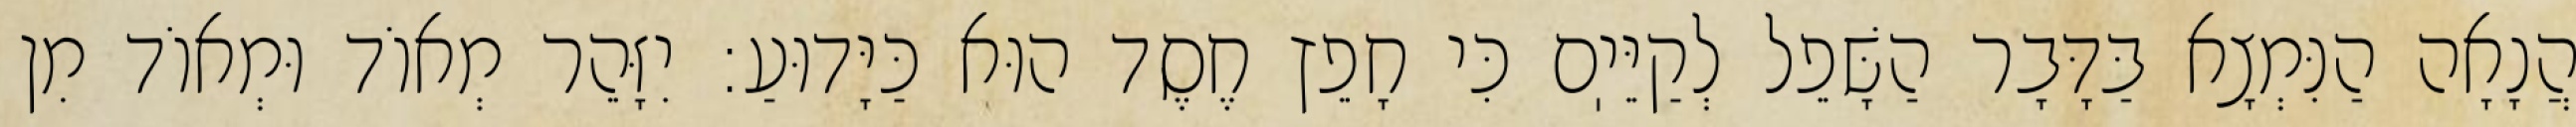
הֲנָאָה הַנִּמְצָא בַּדָּבָר הַשָּׁפֵל לְקַיֵּיֽם כִּי חָפֵץ חֶסֶד הוּא כַּיָּדוּעַ: יִזָּהֵר מְאוֹד וּמְאוֹד מִן